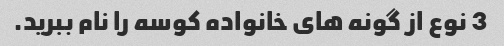
3 نوع از گونه های خانواده کوسه را نام ببرید.